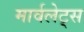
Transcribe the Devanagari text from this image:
मार्वलेट्स